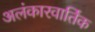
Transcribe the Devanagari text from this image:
अलंकारवार्तिक